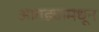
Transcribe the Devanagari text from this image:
आतड्यामधून